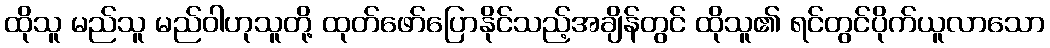
ထိုသူ မည်သူ မည်ဝါဟုသူတို့ ထုတ်ဖော်ပြောနိုင်သည့်အချိန်တွင် ထိုသူ၏ ရင်တွင်ပိုက်ယူလာသော